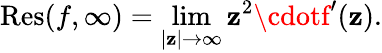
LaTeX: \operatorname{Res}(f,\infty)=\operatorname*{lim}_{|\mathbf{z}|\to\infty}\mathbf{z}^{2}\cdotf^{\prime}(\mathbf{z}).